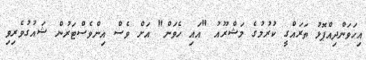
އިހަވަންދިއްޕޮޅު ތަރައްގީ ކުރުމުގެ މަޝްރޫއު "އައި ހެވަން" އަށް ވެސް އިންވެސްޓަރުން ޝައުގުވެރިވި